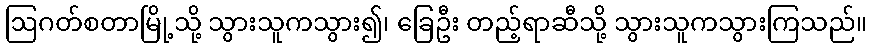
ဩဂတ်စတာမြို့သို့ သွားသူကသွား၍၊ ခြေဦး တည့်ရာဆီသို့ သွားသူကသွားကြသည်။